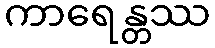
ကာရေန္တဿ